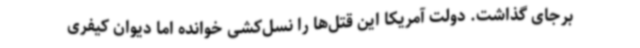
برجای گذاشت. دولت آمریکا این قتل‌ها را نسل‌کشی خوانده اما دیوان کیفری